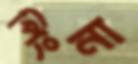
পিংনা